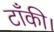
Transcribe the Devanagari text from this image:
टाँकी।